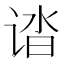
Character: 𰵸